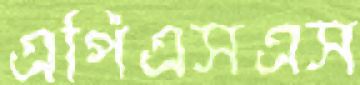
এপিএসএস